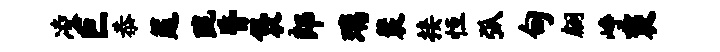
凌巨恭筵陇昏袋郎璃裴接恒弧甸翩峥褒